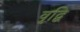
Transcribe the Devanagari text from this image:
वृद्बि